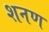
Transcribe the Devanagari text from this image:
शनण